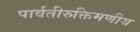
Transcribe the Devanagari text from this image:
पार्वतीरुक्तिमणीय